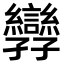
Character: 㝈